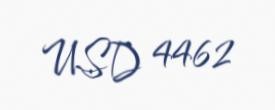
USD 4462